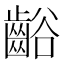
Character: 𲎢